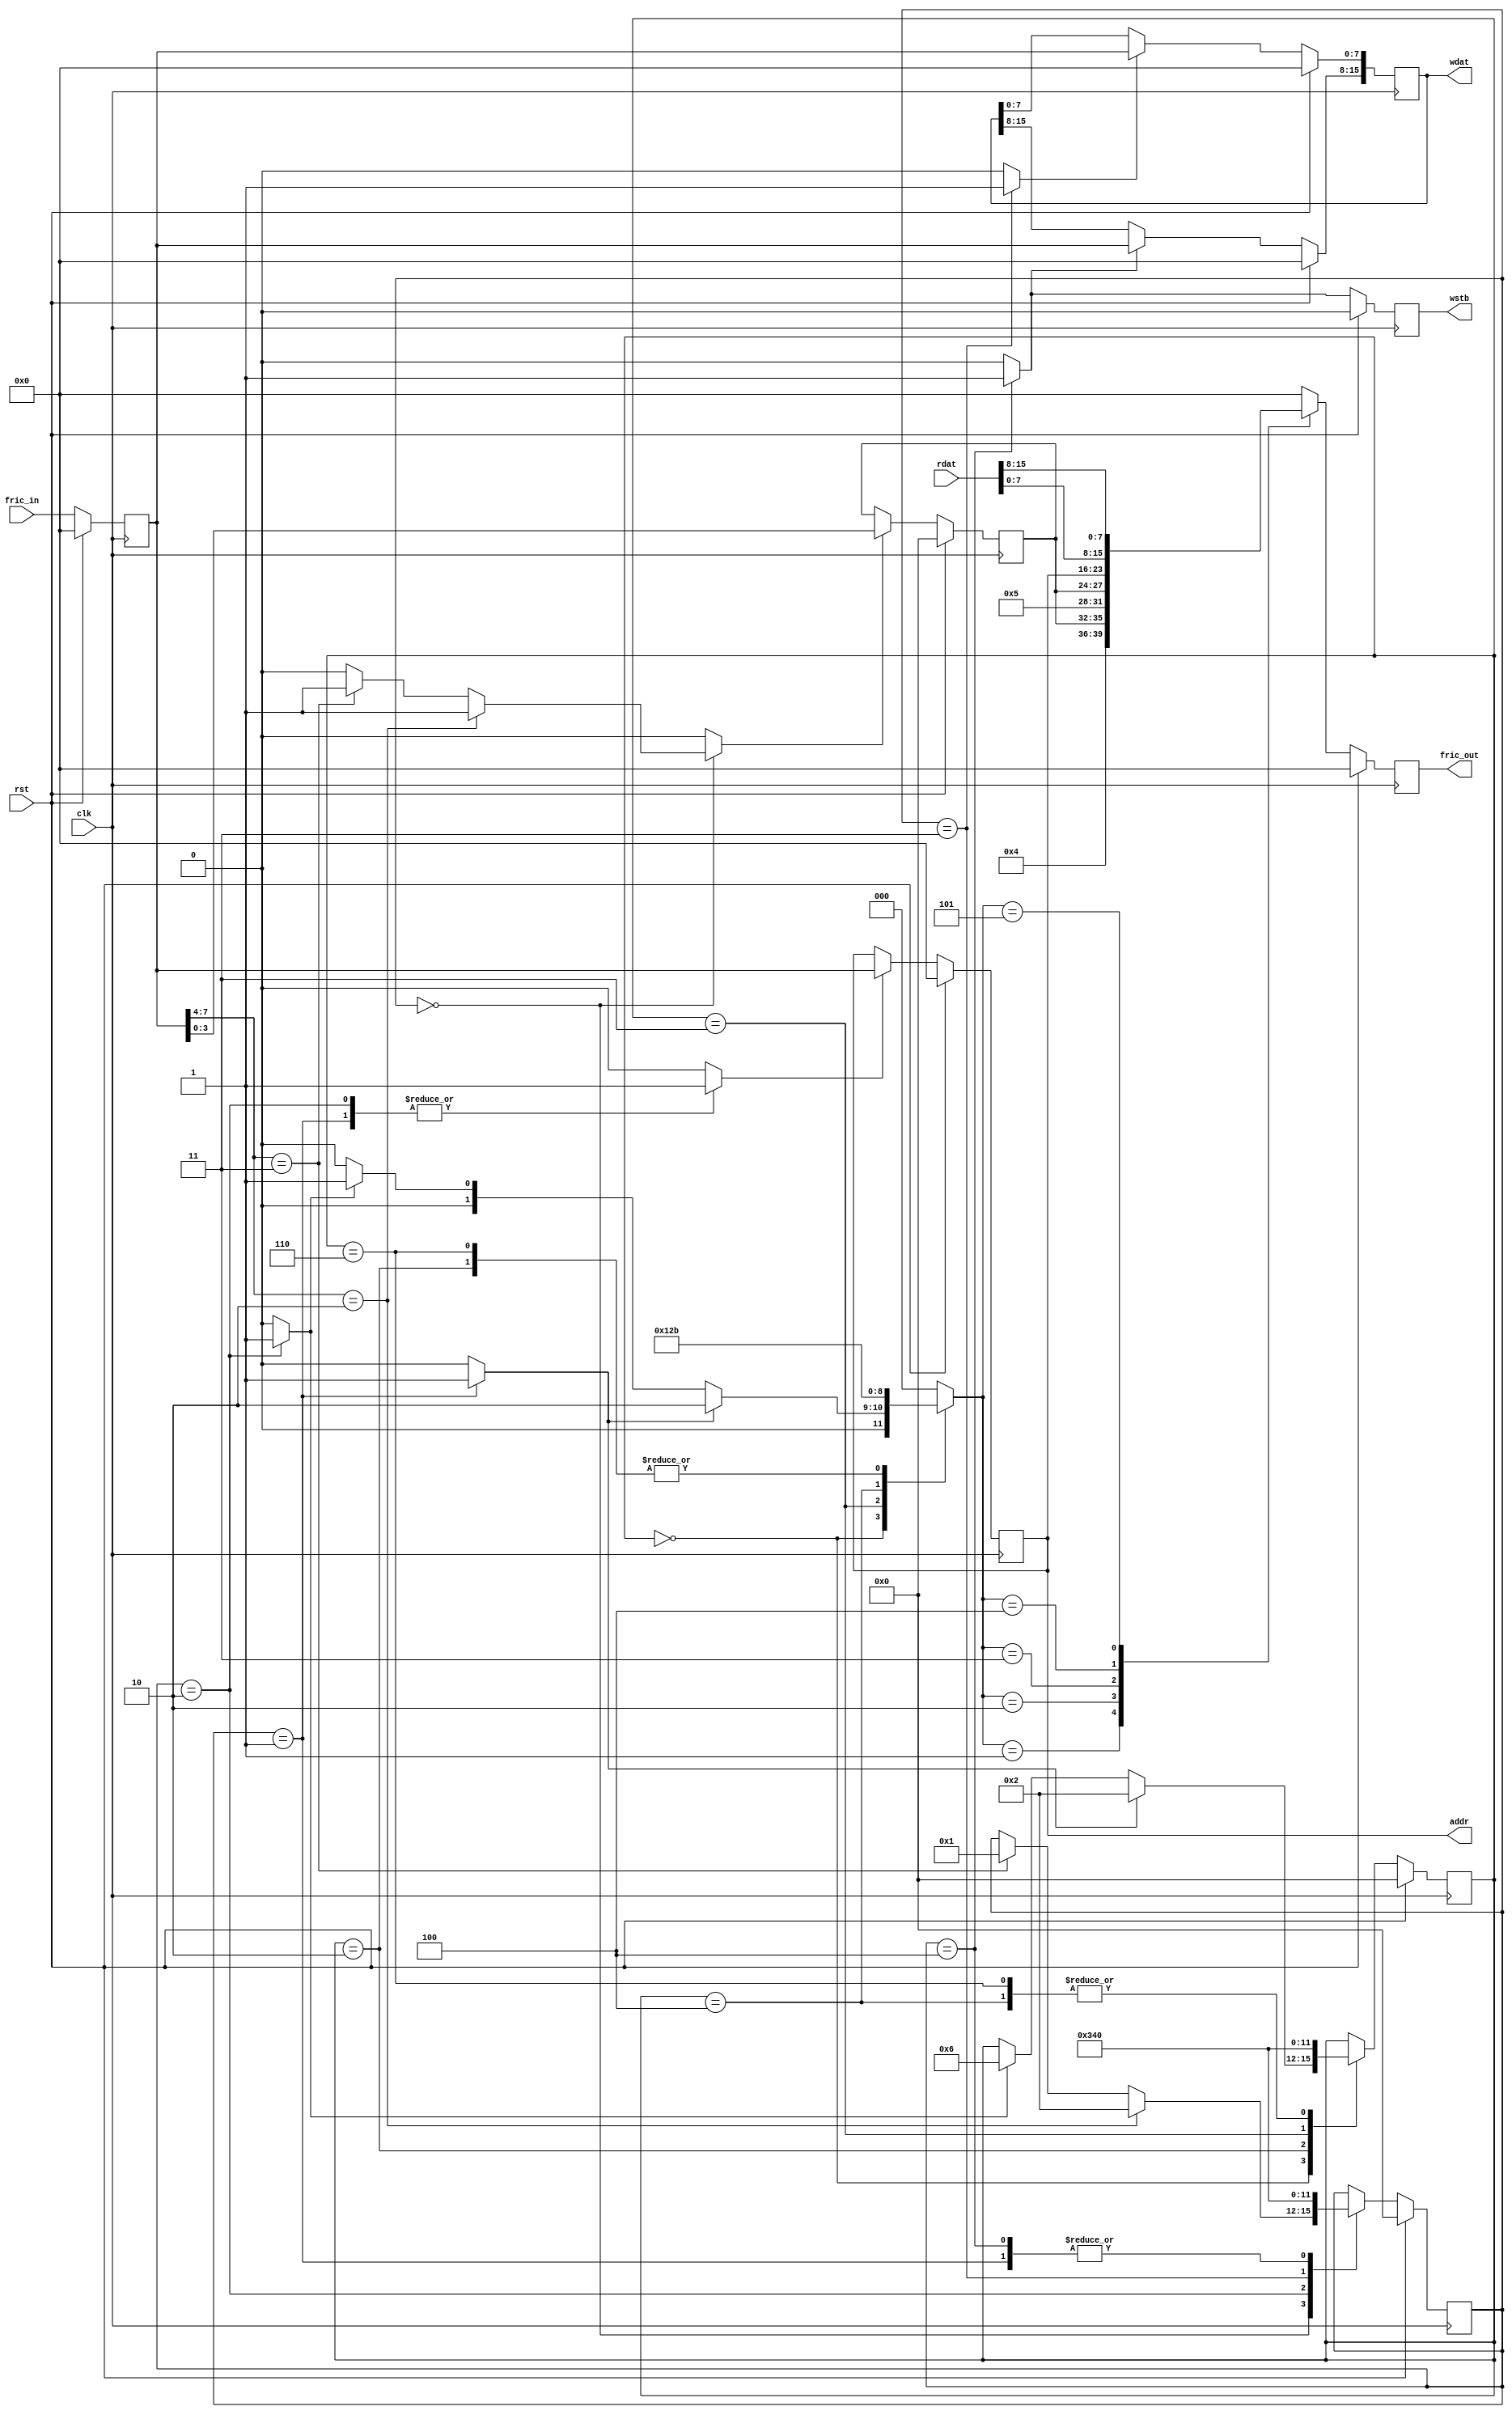
module fric_client_slave
  (
   clk,
   rst,

   fric_in,
   fric_out,

   // FIXME: shouldn't I prepend something to these?
   addr,
   wdat,
   wstb,
   rdat
   );

   // In/Out declarations
   input           clk;
   input 	   rst;
   input [7:0] 	   fric_in;
   output [7:0]    fric_out;
   output [7:0]    addr;
   output [15:0]   wdat;
   output 	   wstb;
   input [15:0]    rdat;

   // Parameters
   parameter [3:0] fis_idle = 4'h0,
		   fis_rd_adr = 4'h1,
		   fis_wr_adr = 4'h2,
		   fis_wr_da0 = 4'h3,
		   fis_wr_da1 = 4'h4;
   parameter [3:0] fos_idle = 4'h0,
		   fos_rd_ack = 4'h1,
		   fos_rd_adr = 4'h2,
		   fos_rd_da0 = 4'h3,
		   fos_rd_da1 = 4'h4,
		   fos_wr_ack = 4'h5,
		   fos_wr_adr = 4'h6;

   // Regs and Wires
   reg [3:0] 	   fis_state, next_fis_state;
   reg 		   capt_port;
   reg 		   capt_addr;
   reg 		   capt_wdat_low;
   reg 		   capt_wdat_high;
   reg 		   wstb, wstb_pre;
   reg 		   init_rdack;
   reg 		   init_wrack;
   reg [7:0] 	   fric_inr;
   reg [7:0] 	   addr;
   reg [15:0] 	   wdat;
   reg [3:0] 	   port;
   reg [3:0] 	   fos_state, next_fos_state;
   reg [2:0] 	   fos_out_sel;
   reg [7:0] 	   fric_out;
   
   // RTL

   /****************************************************************************
    * Fric In Sequencer (fis)
    * 
    * Inputs:
    * 
    * Outputs:
    * 
    * Todo/Fixme:
    * 
    */
   always @ (/*AS*/fis_state or fric_inr)
     begin
	// FSM default outputs
	next_fis_state = fis_state;
	capt_port = 0;
	capt_addr = 0;
	capt_wdat_low = 0;
	capt_wdat_high = 0;
	wstb_pre = 0;
	init_rdack = 0;
	init_wrack = 0;
	
	case(fis_state)
	  fis_idle:
	    begin
	       if(fric_inr[7:4]==4'b0010) begin
		  capt_port = 1'b1;
		  next_fis_state = fis_wr_adr;
	       end else if(fric_inr[7:4]==4'b0011) begin
		  capt_port = 1'b1;
		  next_fis_state = fis_rd_adr;
	       end
	    end
	  fis_rd_adr:
	    begin
	       capt_addr = 1'b1;
	       init_rdack = 1'b1;
	       next_fis_state = fis_idle;
	    end
	  fis_wr_adr:
	    begin
	       capt_addr = 1'b1;
	       init_wrack = 1'b1;
	       next_fis_state = fis_wr_da0;
	    end
	  fis_wr_da0:
	    begin
	       capt_wdat_low = 1'b1;
	       next_fis_state = fis_wr_da1;
	    end
	  fis_wr_da1:
	    begin
	       capt_wdat_high = 1'b1;
	       wstb_pre = 1'b1;
	       next_fis_state = fis_idle;
	    end
	  default:
	    begin
	    end
	endcase // case(fis_state)
     end // always @ (...

   always @ (posedge clk)
     begin
	if(rst==1'b1)
	  begin
	     fis_state <= fis_idle;
	     fric_inr <= 0;
	     port <= 0;
	     addr <= 0;
	     wdat <= 0;
	     wstb <= 0;
	     
	  end
	else
	  begin
	     fis_state <= next_fis_state;
	     fric_inr <= fric_in;
	     if(capt_port==1'b1)
	       port <= fric_inr[3:0];
	     if(capt_addr==1'b1)
	       addr <= fric_inr;
	     if(capt_wdat_low==1'b1)
	       wdat[7:0] <= fric_inr;
	     if(capt_wdat_high==1'b1)
	       wdat[15:8] <= fric_inr;
	     wstb <= wstb_pre;
	     
	  end
     end // always @ (posedge clk)
   

   /****************************************************************************
    * Fric Out Sequencer
    * 
    * Inputs:
    * 
    * Outputs:
    * 
    * Todo/Fixme:
    * 
    */
   always @ (/*AS*/fos_state or init_rdack or init_wrack)
     begin
	// FSM default outputs
	next_fos_state = fos_state;
	fos_out_sel = 0;
	
	case(fos_state)
	  fos_idle:
	    begin
	       if(init_rdack==1'b1) begin
		  fos_out_sel = 2;
		  next_fos_state = fos_rd_adr;
	       end else if(init_wrack==1'b1) begin
		  fos_out_sel = 1;
		  next_fos_state = fos_wr_adr;
	       end
	    end
	  fos_rd_ack:
	    begin
	    end
	  fos_rd_adr:
	    begin
	       fos_out_sel = 3;
	       next_fos_state = fos_rd_da0;
	    end
	  fos_rd_da0:
	    begin
	       fos_out_sel = 4;
	       next_fos_state = fos_rd_da1;
	    end
	  fos_rd_da1:
	    begin
	       fos_out_sel = 5;
	       next_fos_state = fos_idle;
	    end
	  fos_wr_ack:
	    begin
	    end
	  fos_wr_adr:
	    begin
	       fos_out_sel = 3;
	       next_fos_state = fos_idle;
	    end
	  default:
	    begin
	    end
	endcase // case(fos_state)
     end // always @ (...

   always @ (posedge clk)
     begin
	if(rst==1'b1)
	  begin
	     fos_state <= fos_idle;
	     fric_out <= 0;
	     
	  end
	else
	  begin
	     fos_state <= next_fos_state;
	     case(fos_out_sel)
	       3'h0: fric_out <= 0;
	       3'h1: fric_out <= {4'b0100, port};
	       3'h2: fric_out <= {4'b0101, port};
	       3'h3: fric_out <= addr;
	       3'h4: fric_out <= rdat[7:0];
	       3'h5: fric_out <= rdat[15:8];
	       default: fric_out <= 0;
	     endcase // case(fos_out_sel)
	  end
     end // always @ (posedge clk)
   

   /****************************************************************************
    * Fric Reply Generator
    * 
    * Inputs:
    * 
    * Outputs:
    * 
    * Todo/Fixme:
    * 
    */
   


endmodule